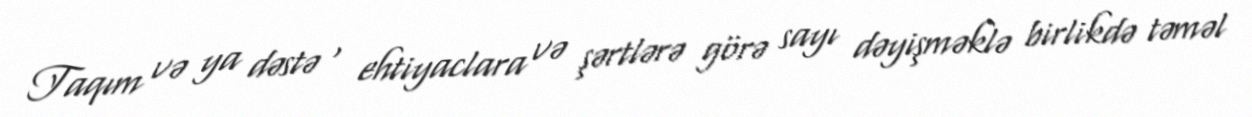
Taqım və ya dəstə , ehtiyaclara və şərtlərə görə sayı dəyişməklə birlikdə təməl